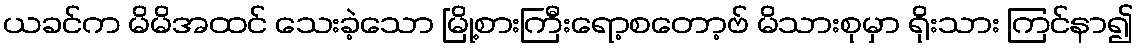
ယခင်က မိမိအထင် သေးခဲ့သော မြို့စားကြီးရော့စတော့ဗ် မိသားစုမှာ ရိုးသား ကြင်နာ၍